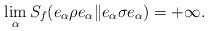
LaTeX: \begin{align*}\lim_\alpha S_f(e_\alpha\rho e_\alpha\|e_\alpha\sigma e_\alpha)=+\infty.\end{align*}